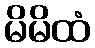
မိမိထံ